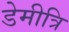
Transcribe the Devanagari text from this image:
डेमीत्रि